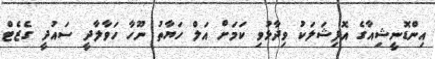
އިންޑޮނީޝިއާގެ އޮފިޝަލަކު ވިދާޅުވި ކަމަށް އަލް ހަޔާތު ނޫހާ ހަވާލާދީ ސައުދީ ގެޒެޓް